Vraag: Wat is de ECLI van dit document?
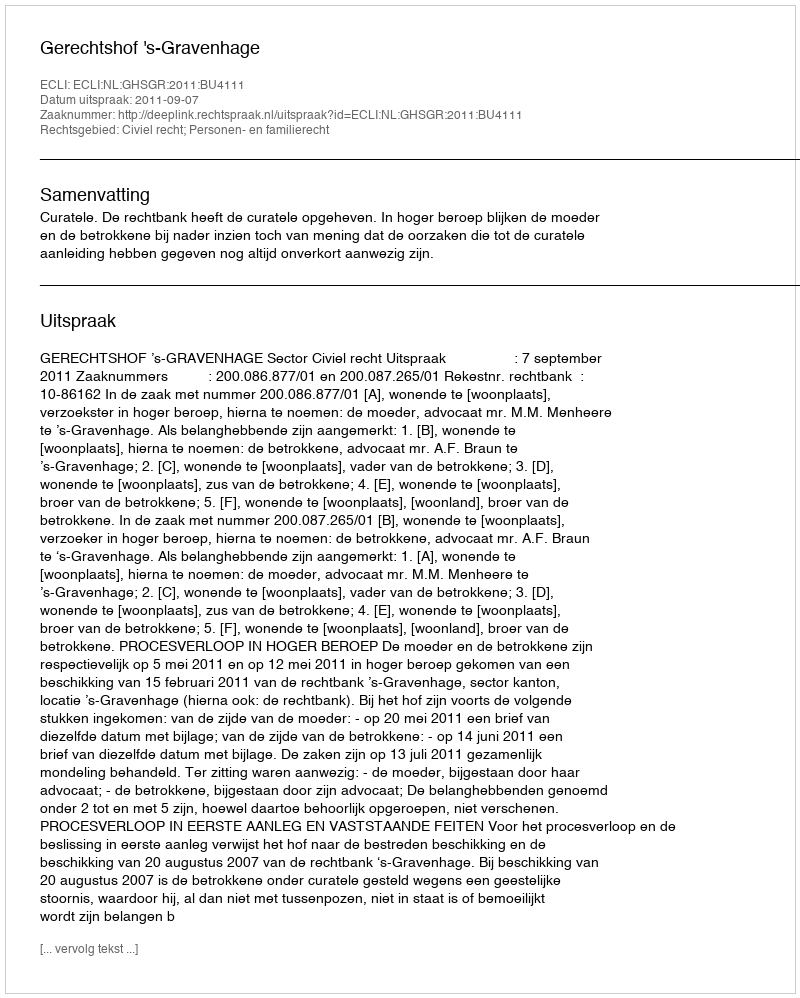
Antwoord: ECLI:NL:GHSGR:2011:BU4111